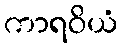
ကာရဝိယံ